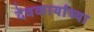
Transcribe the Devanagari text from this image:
देवकार्याच्या